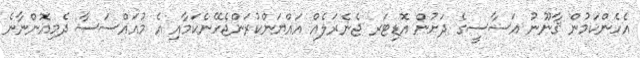
އެހެންކަމުން ޤާނޫނު އަސާސީގެ ދަށުން އޮޑިޓަރ ޖެނެރަލެއް އައްޔަންކުރަންޖެހޭނެކަމާއި އެ މުއައްސަސާ ދެމިއޮންނާނެ